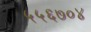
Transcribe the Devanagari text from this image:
५५६७०४